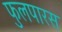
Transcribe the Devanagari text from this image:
फुलपारस